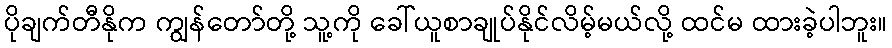
ပိုချက်တီနိုက ကျွန်တော်တို့ သူ့ကို ခေါ်ယူစာချုပ်နိုင်လိမ့်မယ်လို့ ထင်မ ထားခဲ့ပါဘူး။